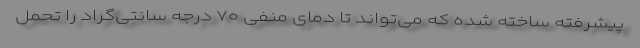
پیشرفته ساخته شده که می‌تواند تا دمای منفی ۷۰ درجه سانتی‌گراد را تحمل